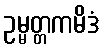
ဥမ္မတ္တကမိဒံ